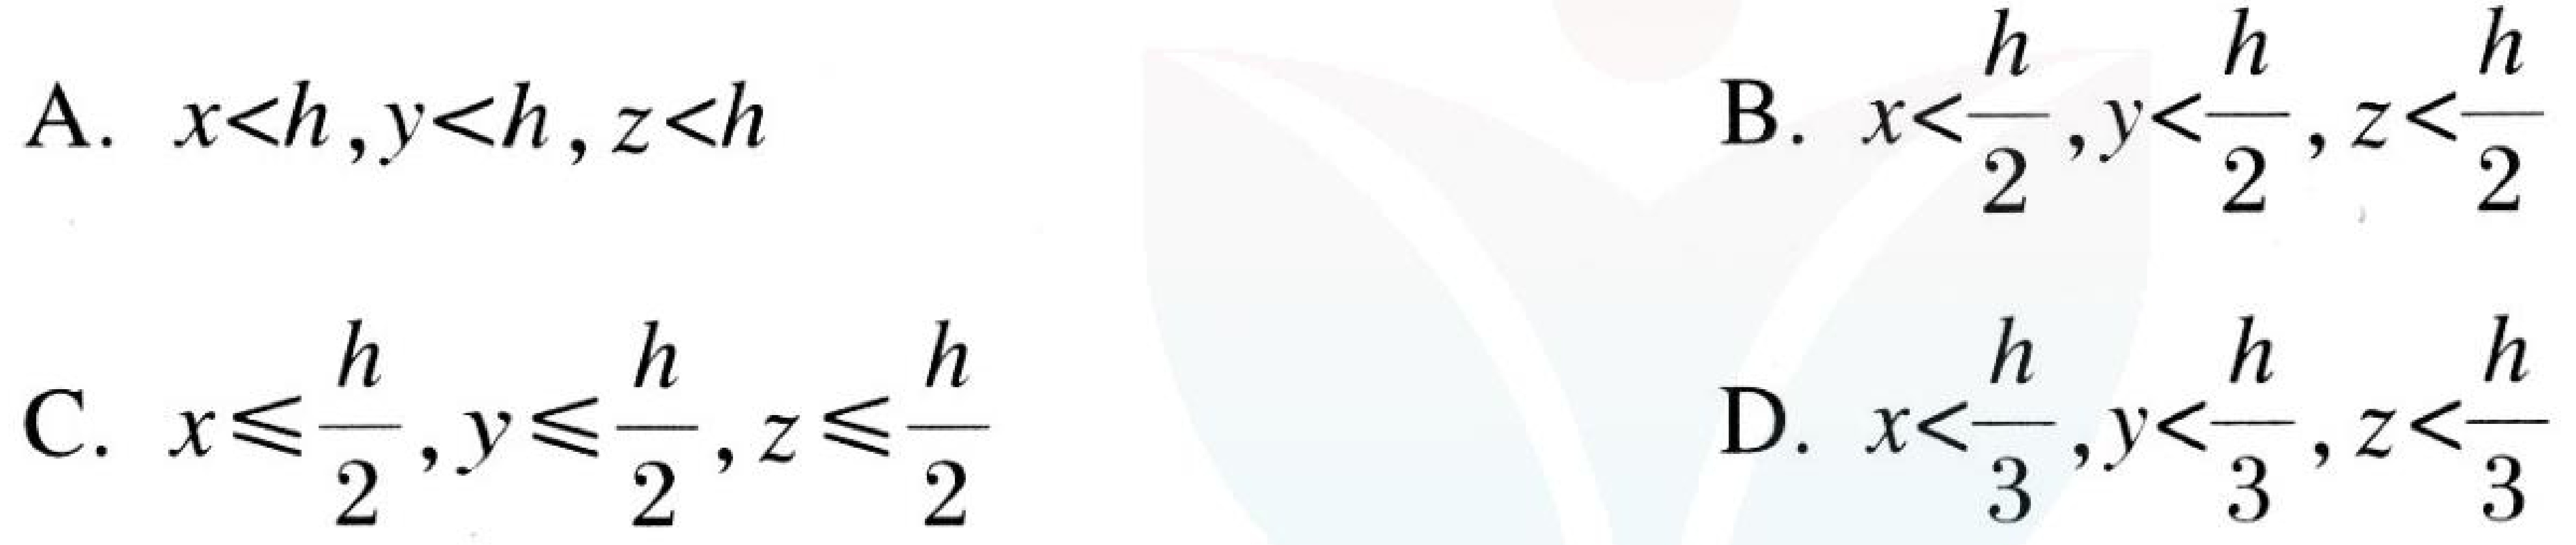
A. \(x < h,y < h,z < h\)
B. \(x < \frac{h}{2},y < \frac{h}{2},z < \frac{h}{2}\)
C. \(x\leqslant\frac{h}{2},y\leqslant\frac{h}{2},z\leqslant\frac{h}{2}\)
D. \(x < \frac{h}{3},y < \frac{h}{3},z < \frac{h}{3}\)